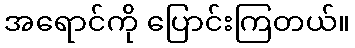
အရောင်ကို ပြောင်းကြတယ်။